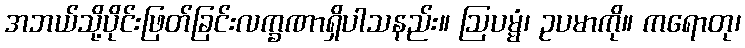
အဘယ်သို့ပိုင်းဖြတ်ခြင်းလက္ခဏာရှိပါသနည်း။ ဩပမ္မံ၊ ဥပမာကို။ ကရောတု၊